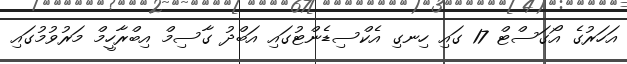
އަހަރުގެ އޯގަސްޓް 17 ގައި ހިނގި އެކްސިޑެންޓުގައި އަބްދު ގާސިމް އިބްރާހީމް މަރުވުމުގައި